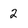
Character: 2